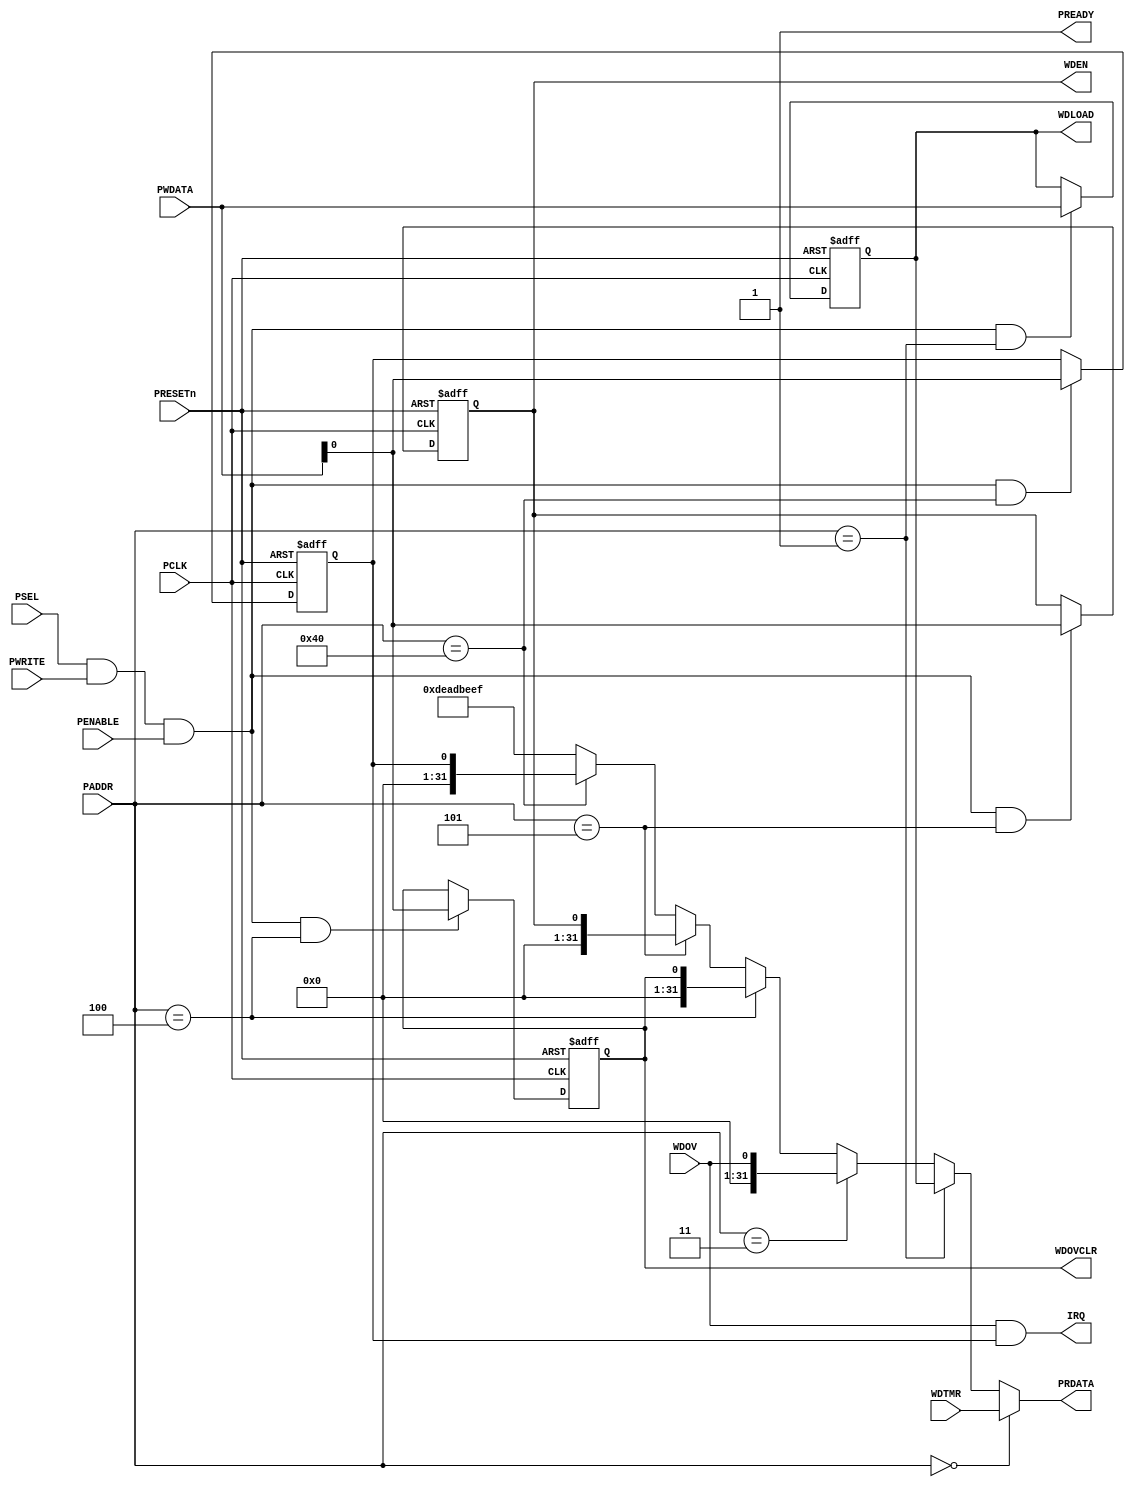
module APB_WDT32 (
	// APB Interface
	// clock and reset 
	input  wire        PCLK,    
	//input  wire        PCLKG,   // Gated clock
	input  wire        PRESETn, // Reset

	// input ports
	input  wire        PSEL,    // Select
	input  wire [19:2] PADDR,   // Address
	input  wire        PENABLE, // Transfer control
	input  wire        PWRITE,  // Write control
	input  wire [31:0] PWDATA,  // Write data

	// output ports
	output wire [31:0] PRDATA,  // Read data
	output wire        PREADY,
	// Device ready

	// IP Interface
	output		IRQ,

	// WDTMR register/fields
	input [31:0] WDTMR,


	// WDLOAD register/fields
	output [31:0] WDLOAD,


	// WDOV register/fields
	input [0:0] WDOV,


	// WDOVCLR register/fields
	output [0:0] WDOVCLR,


	// WDEN register/fields
	output [0:0] WDEN

);
	wire rd_enable;
	wire wr_enable;
	assign  rd_enable = PSEL & (~PWRITE); 
	assign  wr_enable = PSEL & PWRITE & (PENABLE); 
	assign  PREADY = 1'b1;
    

    reg [31:0] WDLOAD;

    reg [0:0] WDOVCLR;

    reg [0:0] WDEN;

    wire[31:0] WDTMR;
    wire[0:0] WDOV;

	// Register: WDLOAD
	wire WDLOAD_select = wr_enable & (PADDR[19:2] == 18'h1);

    always @(posedge PCLK or negedge PRESETn)
    begin
        if (~PRESETn)
            WDLOAD <= 32'h0;
        else if (WDLOAD_select)
            WDLOAD <= PWDATA;
    end
    
	// Register: WDOVCLR
	wire WDOVCLR_select = wr_enable & (PADDR[19:2] == 18'h4);

    always @(posedge PCLK or negedge PRESETn)
    begin
        if (~PRESETn)
            WDOVCLR <= 1'h0;
        else if (WDOVCLR_select)
            WDOVCLR <= PWDATA;
    end
    
	// Register: WDEN
	wire WDEN_select = wr_enable & (PADDR[19:2] == 18'h5);

    always @(posedge PCLK or negedge PRESETn)
    begin
        if (~PRESETn)
            WDEN <= 1'h0;
        else if (WDEN_select)
            WDEN <= PWDATA;
    end
    

	// IRQ Enable Register @ offset 0x100
	reg[0:0] IRQEN;
	wire IRQEN_select = wr_enable & (PADDR[19:2] == 18'h40);

    always @(posedge PCLK or negedge PRESETn)
    begin
        if (~PRESETn)
            IRQEN <= 1'h0;
        else if (IRQEN_select)
            IRQEN <= PWDATA;
    end
    
	assign IRQ = ( WDOV & IRQEN[0] ) ;

	assign PRDATA = 
		(PADDR[19:2] == 18'h0) ? WDTMR : 
		(PADDR[19:2] == 18'h1) ? WDLOAD : 
		(PADDR[19:2] == 18'h3) ? {31'd0,WDOV} : 
		(PADDR[19:2] == 18'h4) ? {31'd0,WDOVCLR} : 
		(PADDR[19:2] == 18'h5) ? {31'd0,WDEN} : 
		(PADDR[19:2] == 18'h40) ? {31'd0,IRQEN} : 
		32'hDEADBEEF;

endmodule